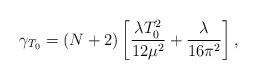
\begin{align*}\gamma_{T_{0}}=(N+2) \left[ \frac{\lambda T_{0}^{2}}{12 \mu^{2}}+ \frac{\lambda}{16 \pi^{2}} \right],\end{align*}